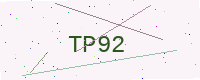
Text: TP92